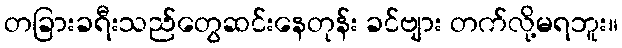
တခြားခရီးသည်တွေဆင်းနေတုန်း ခင်ဗျား တက်လို့မရဘူး။